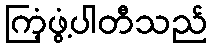
ကြံ့ဖွံ့ပါတီသည်